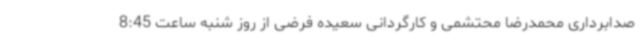
صدابرداری محمدرضا محتشمی و کارگردانی سعیده فرضی از روز شنبه ساعت 8:45